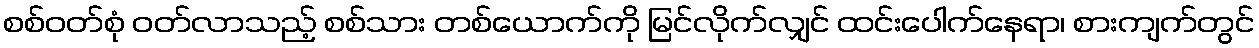
စစ်ဝတ်စုံ ဝတ်လာသည့် စစ်သား တစ်ယောက်ကို မြင်လိုက်လျှင် ထင်းပေါက်နေရာ၊ စားကျက်တွင်